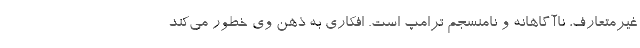
غیرمتعارف، ناآگاهانه و نامنسجم ترامپ است. افکاری به ذهن وی خطور می‌کند